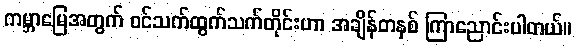
ကမ္ဘာမြေအတွက် ဝင်သက်ထွက်သက်တိုင်းဟာ အချိန်တနှစ် ကြာညောင်းပါတယ်။